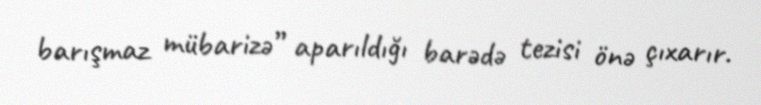
barışmaz mübarizə” aparıldığı barədə tezisi önə çıxarır.